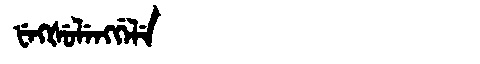
Manchu: ᡶᡝᡴᡧᡠᠯᡝᠩᡤᡝᠯᡝ
Romanization: FEKŠULENGGELE